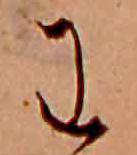
わ